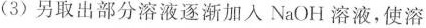
(3)另取出部分溶液逐渐加入NaOH溶液，使溶